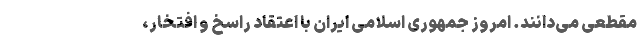
مقطعی می‌دانند. امروز جمهوری اسلامی ایران با اعتقاد راسخ و افتخار،